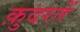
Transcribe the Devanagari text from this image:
क़ुदरतें